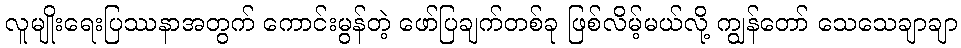
လူမျိုးရေးပြဿနာအတွက် ကောင်းမွန်တဲ့ ဖော်ပြချက်တစ်ခု ဖြစ်လိမ့်မယ်လို့ ကျွန်တော် သေသေချာချာ